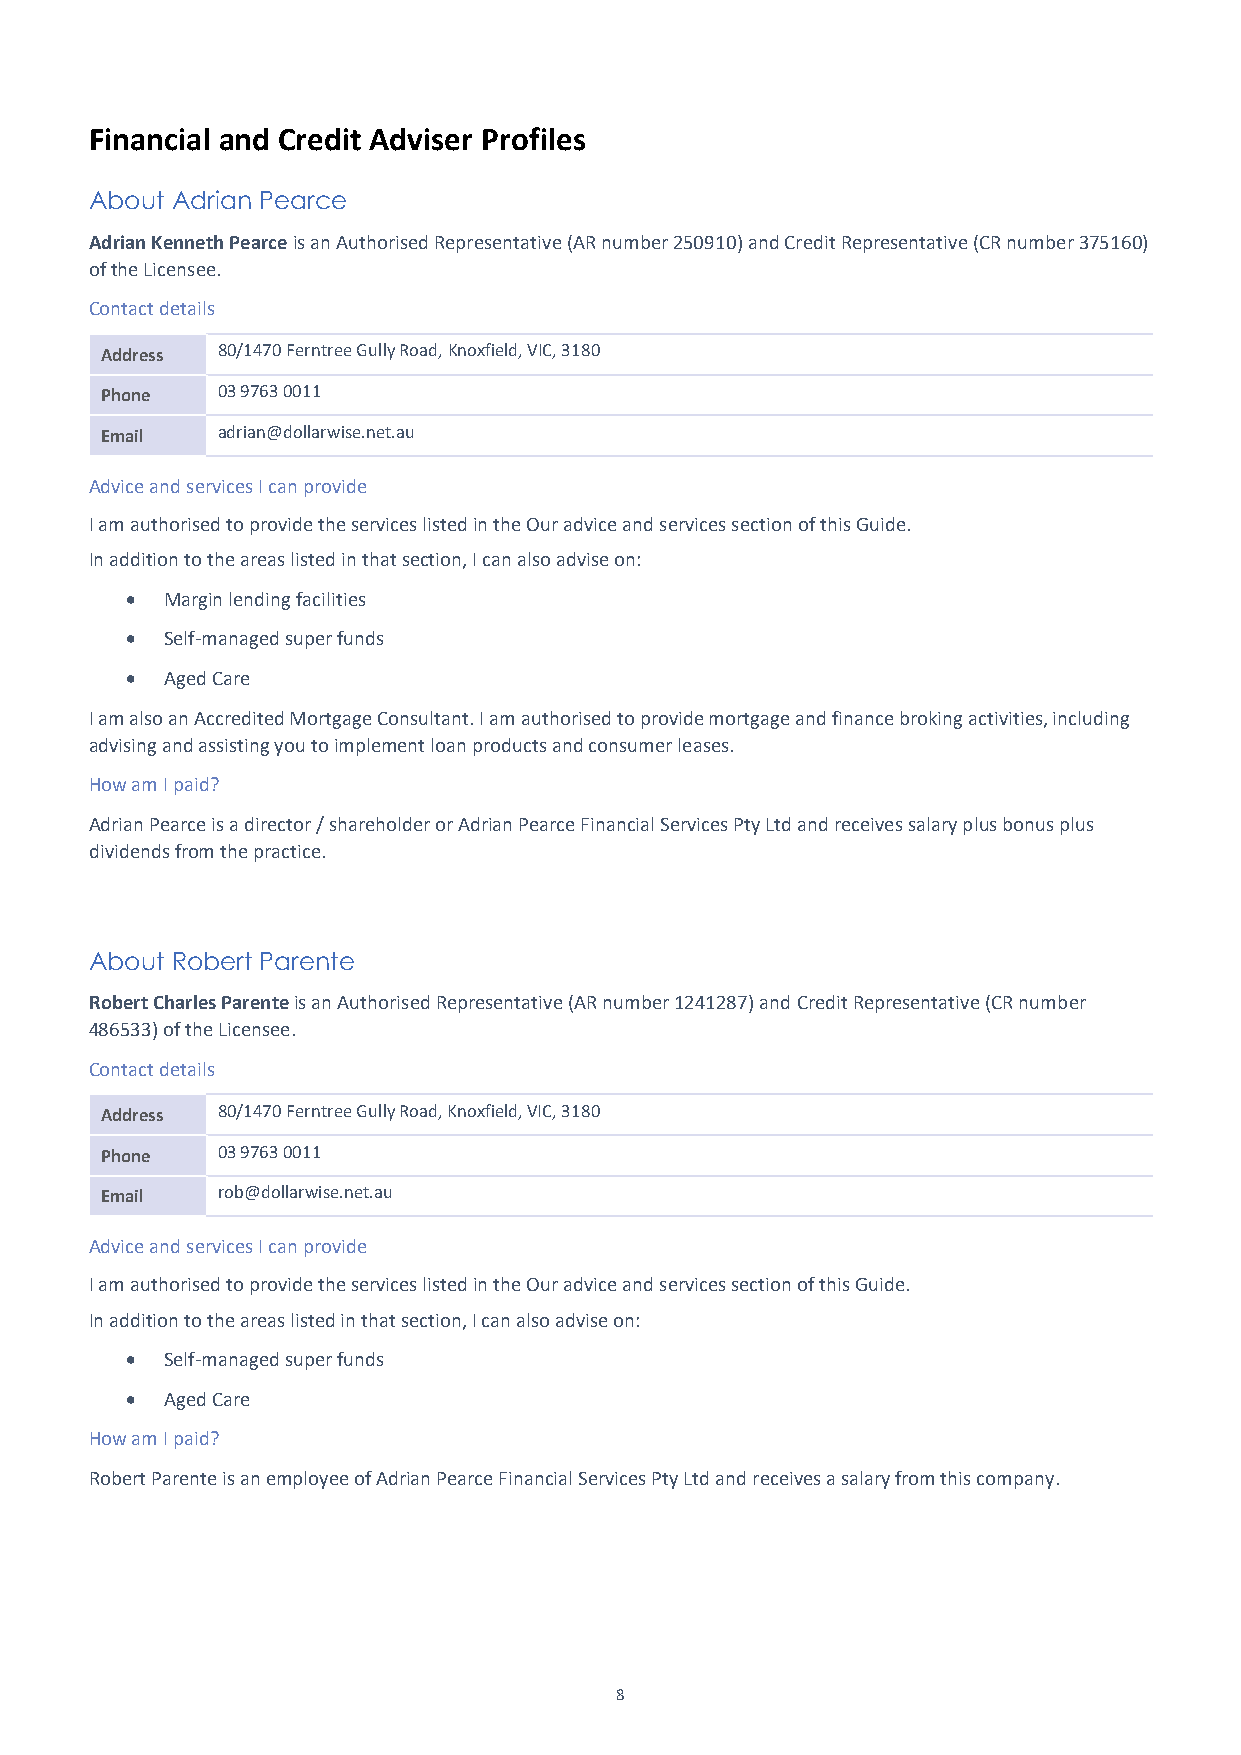
Financial and Credit Adviser Profiles
 About Adrian Pearce
 Adrian Kenneth Pearce is an Authorised Representative (AR number 250910) and Credit Representative (CR number 375160)
 of the Licensee.
 Contact details
 Address 80/1470 Ferntree Gully Road, Knoxfield, VIC, 3180
 Phone  03 9763 0011
 Email  adrian@dollarwise.net.au
 Advice and services I can provide
 I am authorised to provide the services listed in the Our advice and services section of this Guide.
 In addition to the areas listed in that section, I can also advise on:
 •  Margin lending facilities
 •  Self-managed super funds
 •  Aged Care
 I am also an Accredited Mortgage Consultant. I am authorised to provide mortgage and finance broking activities, including
 advising and assisting you to implement loan products and consumer leases.
 How am I paid?
 Adrian Pearce is a director / shareholder or Adrian Pearce Financial Services Pty Ltd and receives salary plus bonus plus
 dividends from the practice.
 About Robert Parente
 Robert Charles Parente is an Authorised Representative (AR number 1241287) and Credit Representative (CR number
 486533) of the Licensee.
 Contact details
 Address 80/1470 Ferntree Gully Road, Knoxfield, VIC, 3180
 Phone  03 9763 0011
 Email  rob@dollarwise.net.au
 Advice and services I can provide
 I am authorised to provide the services listed in the Our advice and services section of this Guide.
 In addition to the areas listed in that section, I can also advise on:
 •  Self-managed super funds
 •  Aged Care
 How am I paid?
 Robert Parente is an employee of Adrian Pearce Financial Services Pty Ltd and receives a salary from this company.
 8